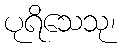
ပုရိသေသု၊